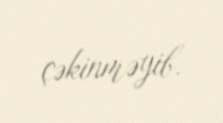
çəkinməyib.